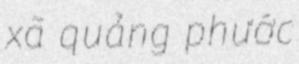
xã quảng phước